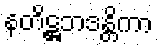
နတိဋ္ဌဘဒန္တိကာ